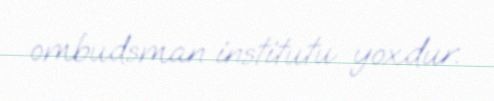
ombudsman institutu yoxdur.